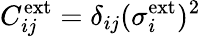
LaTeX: C_{ij}^{\mathrm{ext}}=\delta_{ij}(\sigma_{i}^{\mathrm{ext}})^{2}